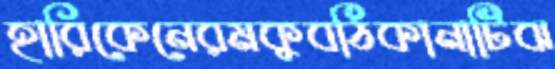
হারিকেনেরমকুবঠিকানাটিঝ